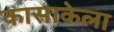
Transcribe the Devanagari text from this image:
कासाकेला